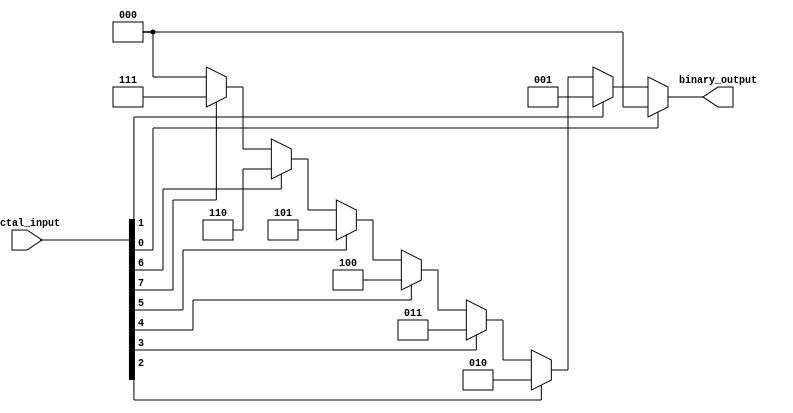
module octal_to_binary_encoder (
    input  [7:0] octal_input,  // 8-bit octal input
    output reg [2:0] binary_output // 3-bit binary output
);

// Combinational logic to decode the octal input
always @(*) begin
    // Default output
    binary_output = 3'b000; // Default to 0 when no input is active

    // Check which input is high, in priority order
    if (octal_input[0]) begin
        binary_output = 3'b000;
    end else if (octal_input[1]) begin
        binary_output = 3'b001;
    end else if (octal_input[2]) begin
        binary_output = 3'b010;
    end else if (octal_input[3]) begin
        binary_output = 3'b011;
    end else if (octal_input[4]) begin
        binary_output = 3'b100;
    end else if (octal_input[5]) begin
        binary_output = 3'b101;
    end else if (octal_input[6]) begin
        binary_output = 3'b110;
    end else if (octal_input[7]) begin
        binary_output = 3'b111;
    end
end

endmodule